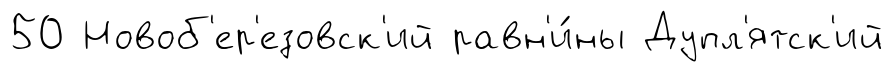
50 Новоб'ер'езовск'ий равн'и́ны Дупл'ятск'ий